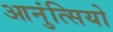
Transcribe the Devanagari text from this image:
आनुंत्सियो